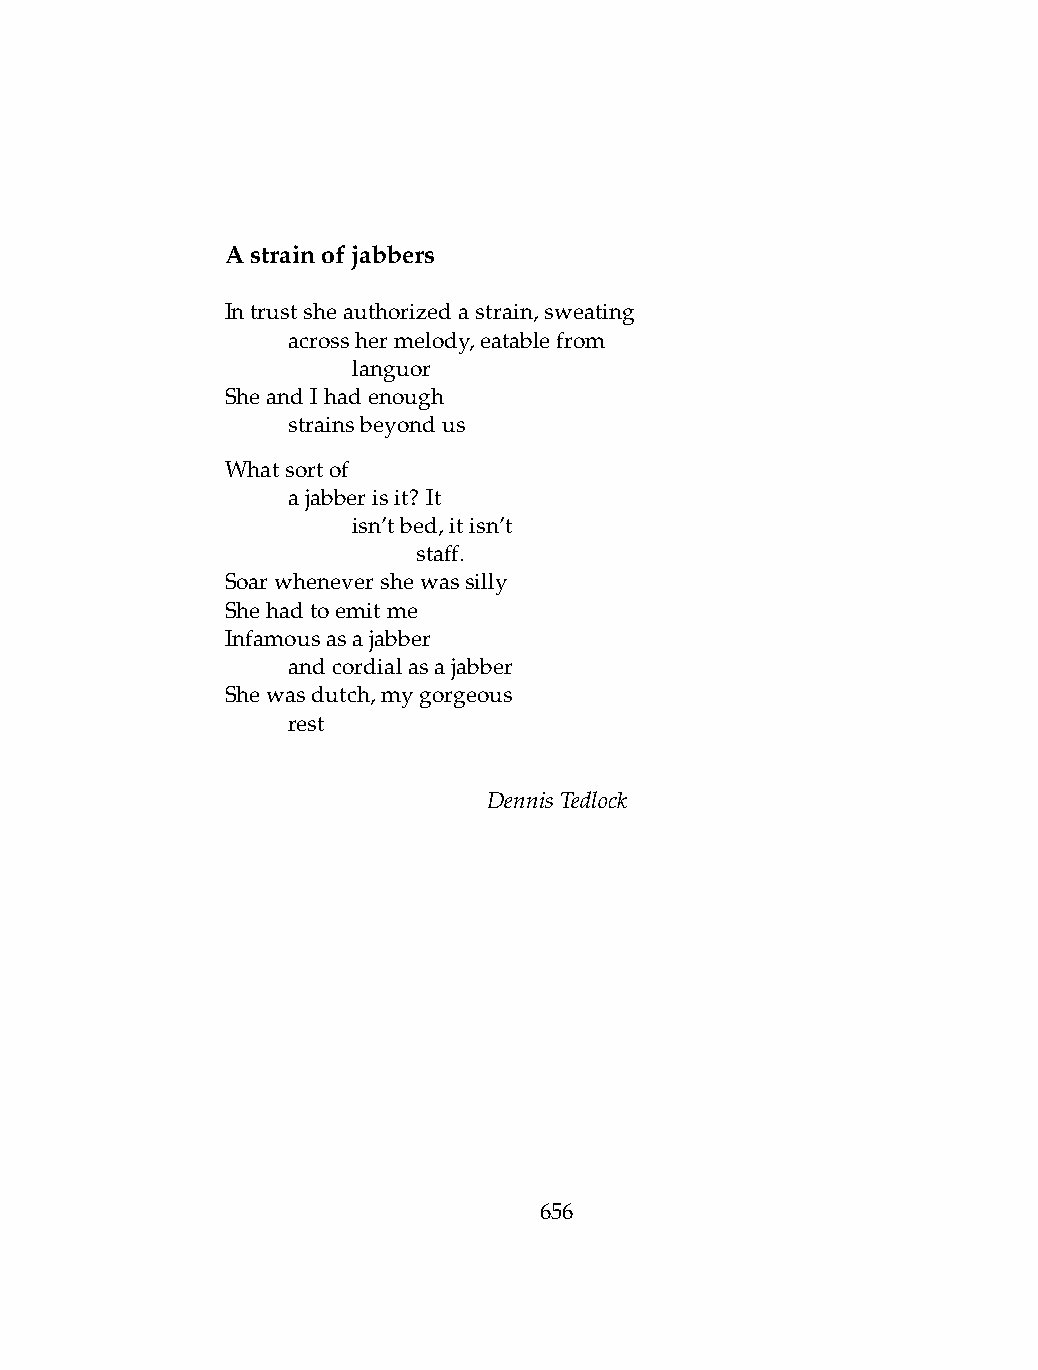
Astrainofjabbers
 Intrustsheauthorizedastrain,sweating
 .   acrosshermelody,eatablefrom
 .   .   languor
 SheandIhadenough
 .   strainsbeyondus
 Whatsortof
 .   ajabberisit? It
 .   .   isn’tbed,itisn’t
 .   .   .    staff.
 Soarwhenevershewassilly
 Shehadtoemitme
 Infamousasajabber
 .   andcordialasajabber
 Shewasdutch,mygorgeous
 .   rest
 DennisTedlock
 656